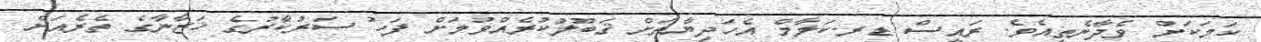
ކަމަކަށް ވެދާނެތީއެވެ. ރައީސް ޑރ.ކަލާމް އެހަދިޔާތަށް ޤަބޫލުކުރެއްވުމަށް ފަހު ސަރުކާރުގެ ޚަޒާނާގެ ތެރެއަށް